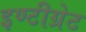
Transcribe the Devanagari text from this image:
इण्टीग्रेट